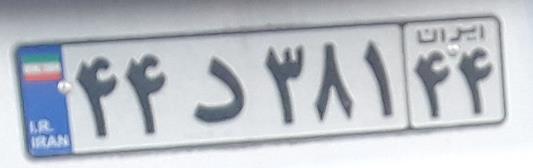
۴۴د۳۸۱۴۴